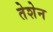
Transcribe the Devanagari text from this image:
तेशेन